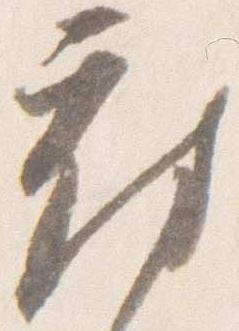
府